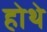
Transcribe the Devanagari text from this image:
होथे